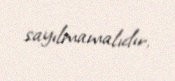
sayılmamalıdır.